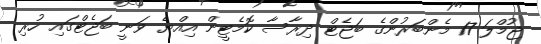
ޖުމްލަ 17 މެންބަރުންގެ ބަޖެޓް ދިރާސާ ކޮމެޓީން އިއްޔެ ވަނީ ބަޖެޓްގައި ހުރި